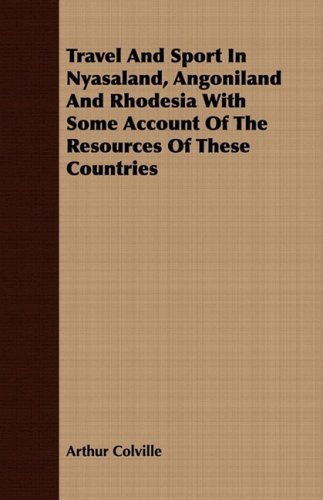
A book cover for Travel And Sport In Nyasaland, Angoniland And Rhodesia With Some Account Of The Resources Of These Countries; Arthur Colville; Travel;